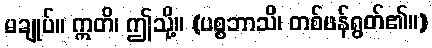
မချုပ်။ ဣတိ၊ ဤသို့။ (ပစ္စဘာသိ၊ တစ်ဖန်ရွတ်၏။)